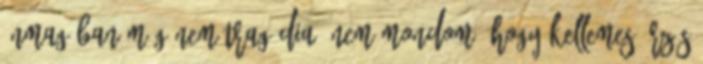
önmagában még nem tragédia. Nem mondom, hogy kellemes érzés